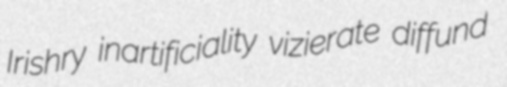
Irishry inartificiality vizierate diffund